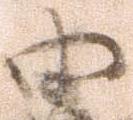
由